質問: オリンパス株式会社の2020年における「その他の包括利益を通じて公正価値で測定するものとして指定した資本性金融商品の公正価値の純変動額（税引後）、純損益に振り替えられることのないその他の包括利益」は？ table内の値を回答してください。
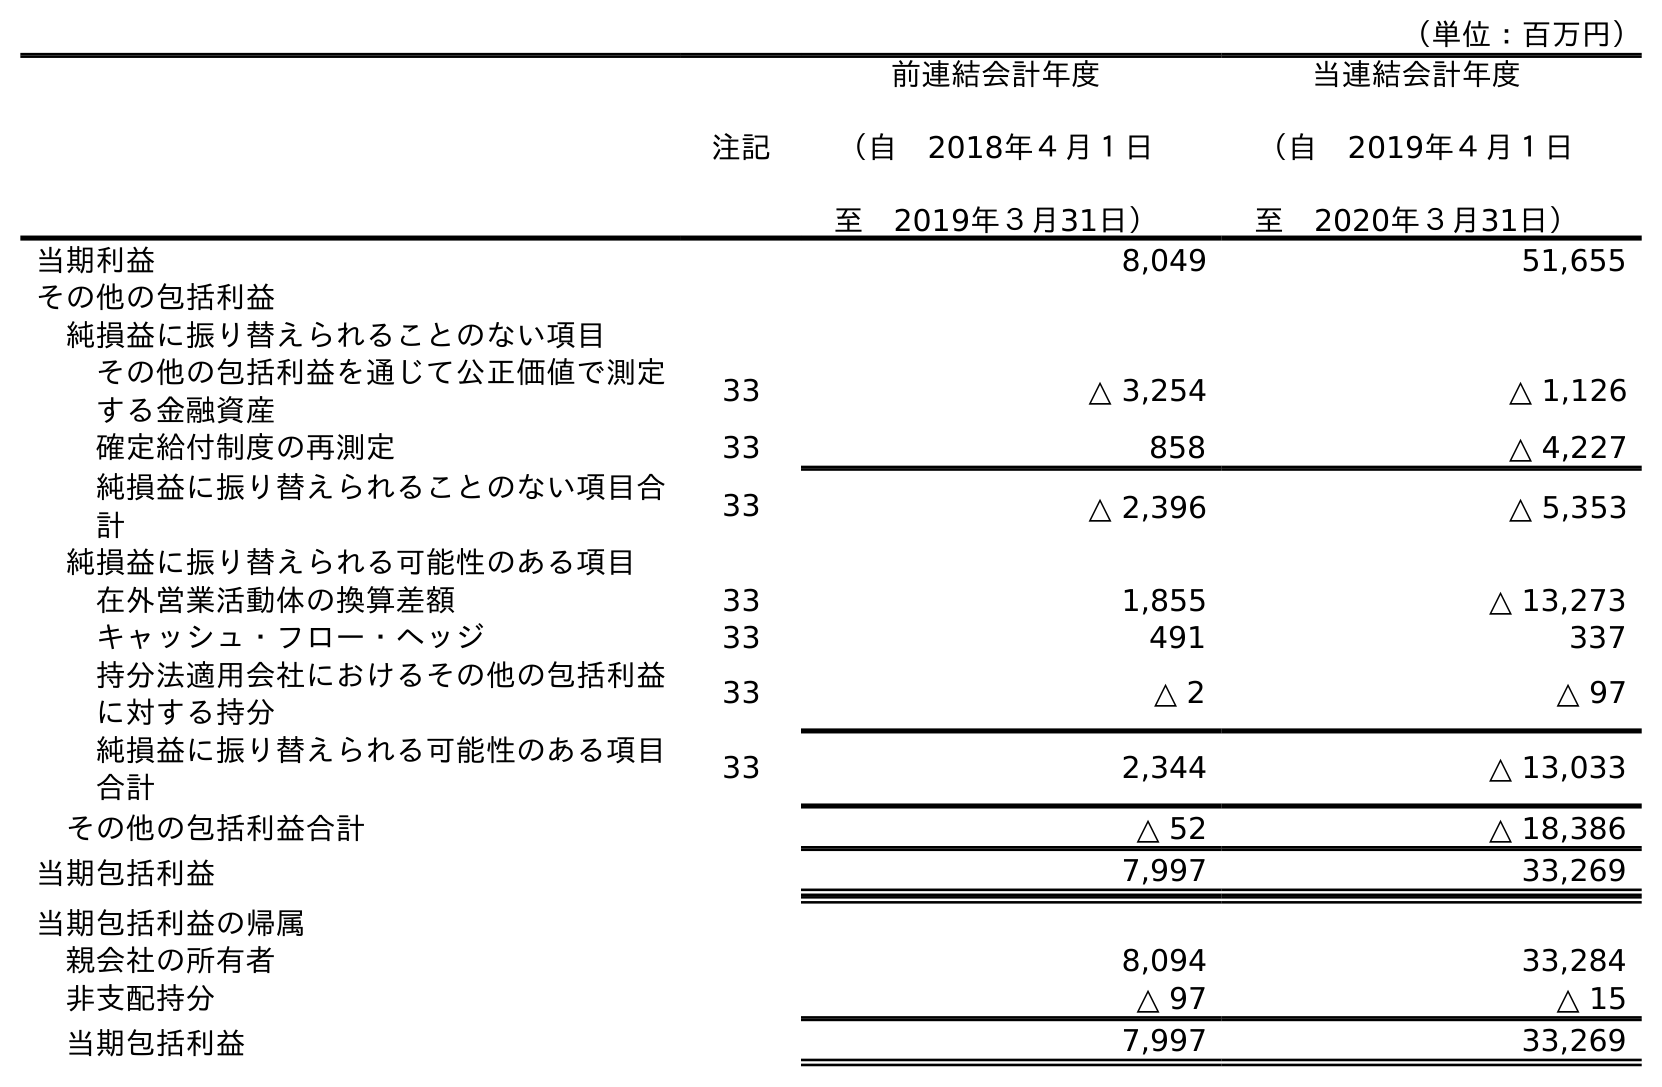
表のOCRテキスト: （単位：百万円） 注記 前連結会計年度 （自 2018年４月１日 至 2019年３月31日） 当連結会計年度 （自 2019年４月１日 至 2020年３月31日） 当期利益 8,049 51,655 その他の包括利益 純損益に振り替えられることのない項目 その他の包括利益を通じて公正価値で測定 する金融資産 33 △ 3,254 △ 1,126 確定給付制度の再測定 33 858 △ 4,227 純損益に振り替えられることのない項目合 計 33 △ 2,396 △ 5,353 純損益に振り替えられる可能性のある項目 在外営業活動体の換算差額 33 1,855 △ 13,273 キャッシュ・フロー・ヘッジ 33 491 337 持分法適用会社におけるその他の包括利益 に対する持分 33 △ 2 △ 97 純損益に振り替えられる可能性のある項目 合計 33 2,344 △ 13,033 その他の包括利益合計 △ 52 △ 18,386 当期包括利益 7,997 33,269 当期包括利益の帰属 親会社の所有者 8,094 33,284 非支配持分 △ 97 △ 15 当期包括利益 7,997 33,269
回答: △1,126